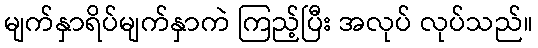
မျက်နှာရိပ်မျက်နှာကဲ ကြည့်ပြီး အလုပ် လုပ်သည်။